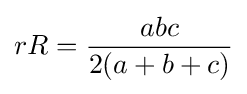
rR={\frac {abc}{2(a+b+c)}}